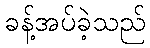
ခန့်အပ်ခဲ့သည်